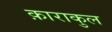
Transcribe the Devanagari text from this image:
क़ाराकुल